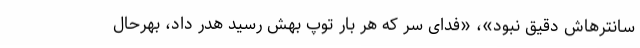
سانترهاش دقیق نبود»، «فدای سر که هر بار توپ بهش رسید هدر داد، بهرحال